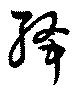
絳